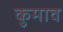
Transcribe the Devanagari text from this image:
कुमाव